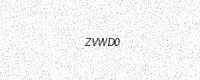
Text: ZVWD0